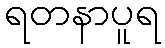
ရတနာပူရ